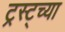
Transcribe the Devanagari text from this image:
ट्रस्ट्च्या